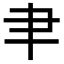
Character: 𦘒